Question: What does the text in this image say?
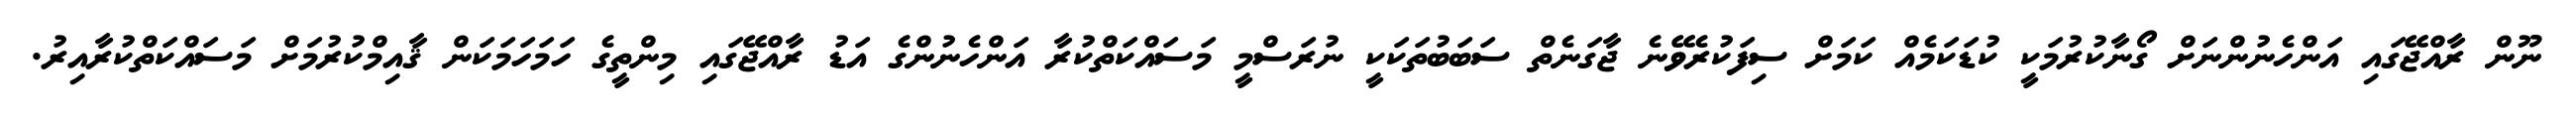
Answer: ނޫން ރާއްޖޭގައި އަންހެނުންނަށް ގޯނާކުރުމަކީ ކުޑަކަމެއް ކަމަށް ސިފަކުރެވޭނެ ޖާގަނެތް ސަބަބުތަކަކީ ނުރަސްމީ މަސައްކަތްކުރާ އަންހެނުންގެ އަޑު ރާއްޖޭގައި މިންތީގެ ހަމަހަމަކަން ޤާއިމްކުރުމަށް މަސައްކަތްކުރާއިރު.